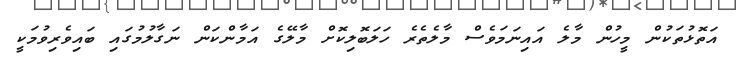
އަތޮޅުތަކުން މީހުން މާލެ އައިނަމަވެސް މާލެތެރެ ހަލަބޮލިކޮށް މާލޭގެ އަމާންކަން ނަގާލުމުގައި ބައިވެރިވުމަކީ